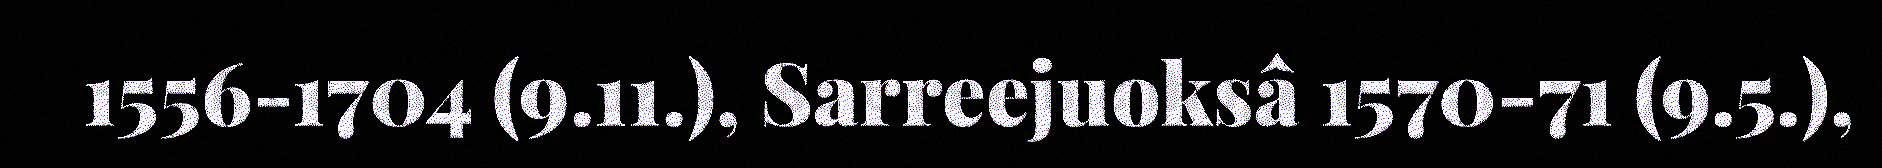
1556-1704 (9.11.), Sarreejuoksâ 1570-71 (9.5.),